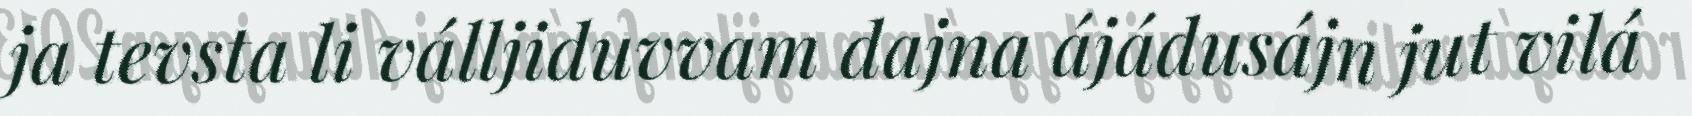
ja tevsta li válljiduvvam dajna ájádusájn jut vilá